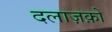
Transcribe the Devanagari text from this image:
दलाज़क़ों